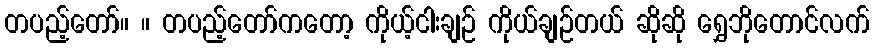
တပည့်တော်။ ။ တပည့်တော်ကတော့ ကိုယ့်ငါးချဉ် ကိုယ်ချဉ်တယ် ဆိုဆို ရွှေဘိုတောင်လက်